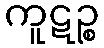
ကူဋဉ္စ